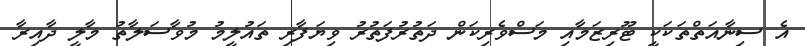
އެ ސިނާއަތްތަކަކީ ޓޫރިޒަމާއި މަސްވެރިކަން ދަތުރުފަތުރު ވިޔަފާރި ތައުލީމު މުވާސަލާތު މާލީ ދާއިރާ